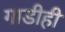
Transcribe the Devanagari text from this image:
गाडीही